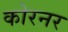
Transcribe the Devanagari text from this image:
कोरनर